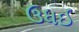
ઉધઈ